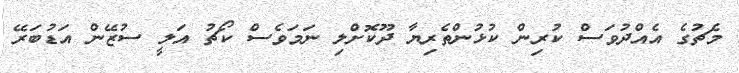
މެޗުގެ އެއްދުވަސް ކުރިން ކުޅުންތެރިޔާ ދޫކޮށްލި ނަމަވެސް ކޯޗު އަލީ ސުޒޭން އަޑުބަރޭ